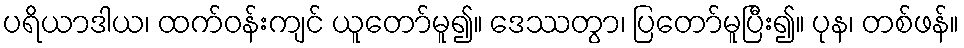
ပရိယာဒါယ၊ ထက်ဝန်းကျင် ယူတော်မူ၍။ ဒေဿတွာ၊ ပြတော်မူပြီး၍။ ပုန၊ တစ်ဖန်။